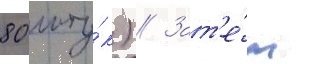
80 шту́к) // Зат'е́м